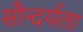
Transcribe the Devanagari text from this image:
सौन्‍दर्यता